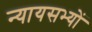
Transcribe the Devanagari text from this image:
न्यायसभ्यों